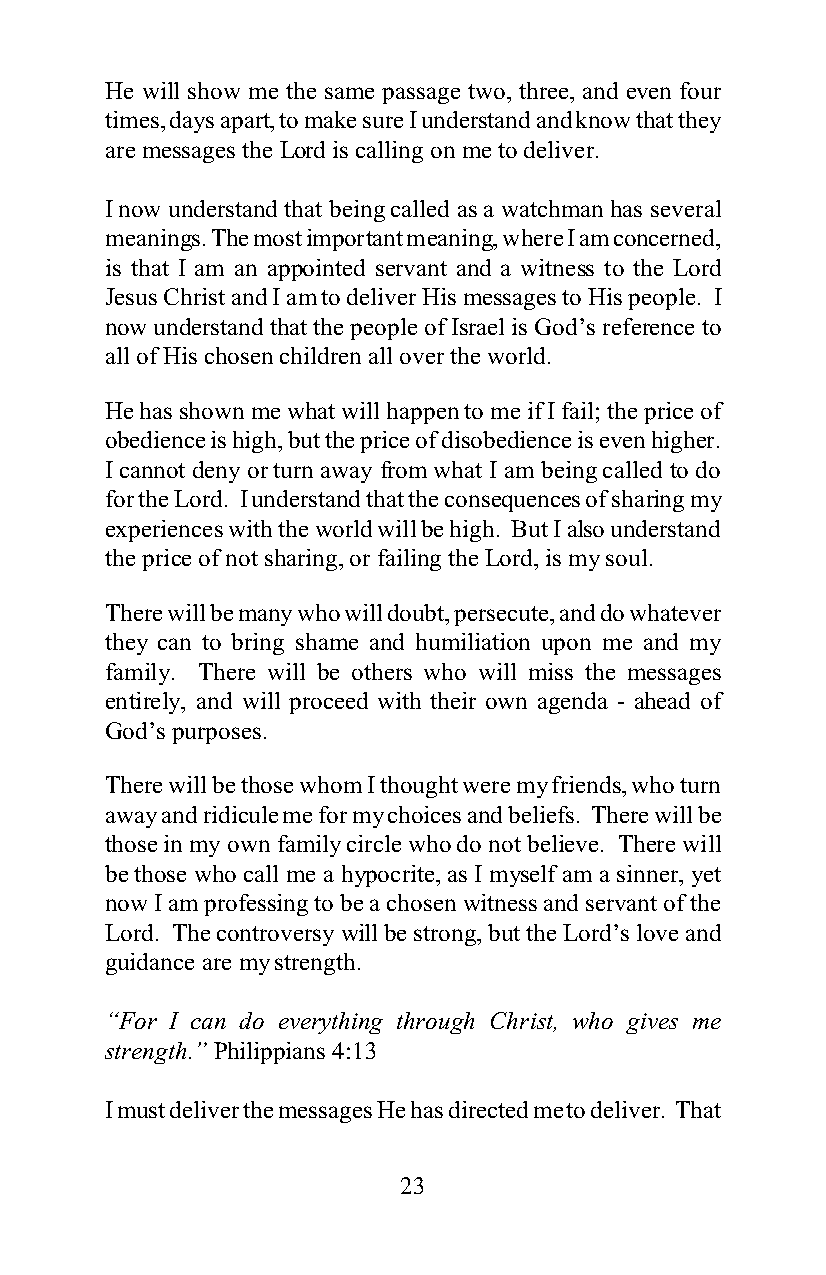
He will show me the same passage two, three, and even four
 times, days apart, to make sure I understand and know that they
 are messages the Lord is calling on me to deliver.
 I now understand that being called as a watchman has several
 meanings. The most important meaning, where I am concerned,
 is that I am an appointed servant and a witness to the Lord
 Jesus Christ and I am to deliver His messages to His people. I
 now understand that the people of Israel is God’s reference to
 all of His chosen children all over the world.
 He has shown me what will happen to me if I fail; the price of
 obedience is high, but the price of disobedience is even higher.
 I cannot deny or turn away from what I am being called to do
 for the Lord. I understand that the consequences of sharing my
 experiences with the world will be high. But I also understand
 the price of not sharing, or failing the Lord, is my soul.
 There will be many who will doubt, persecute, and do whatever
 they can to bring shame and humiliation upon me and my
 family. There will be others who will miss the messages
 entirely, and will proceed with their own agenda - ahead of
 God’s purposes.
 There will be those whom I thought were my friends, who turn
 away and ridicule me for my choices and beliefs. There will be
 those in my own family circle who do not believe. There will
 be those who call me a hypocrite, as I myself am a sinner, yet
 now I am professing to be a chosen witness and servant of the
 Lord. The controversy will be strong, but the Lord’s love and
 guidance are my strength.
 “For I can do everything through Christ, who gives me
 strength.” Philippians 4:13
 I must deliver the messages He has directed me to deliver. That
 23